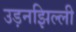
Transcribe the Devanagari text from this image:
उड़नझिल्ली